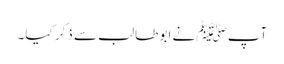
آپﷺ نے ابو طالب سے ذکر کیا۔